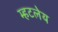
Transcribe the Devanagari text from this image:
म्हटलेय